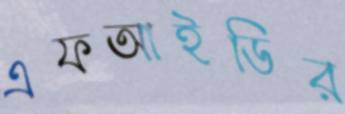
এফআইডির